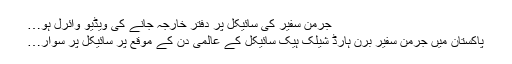
جرمن سفیر کی سائیکل پر دفتر خارجہ جانے کی ویڈیو وائرل ہو…
پاکستان میں جرمن سفیر برن ہارڈ شیلک ہیک سائیکل کے عالمی دن کے موقع پر سائیکل پر سوار…